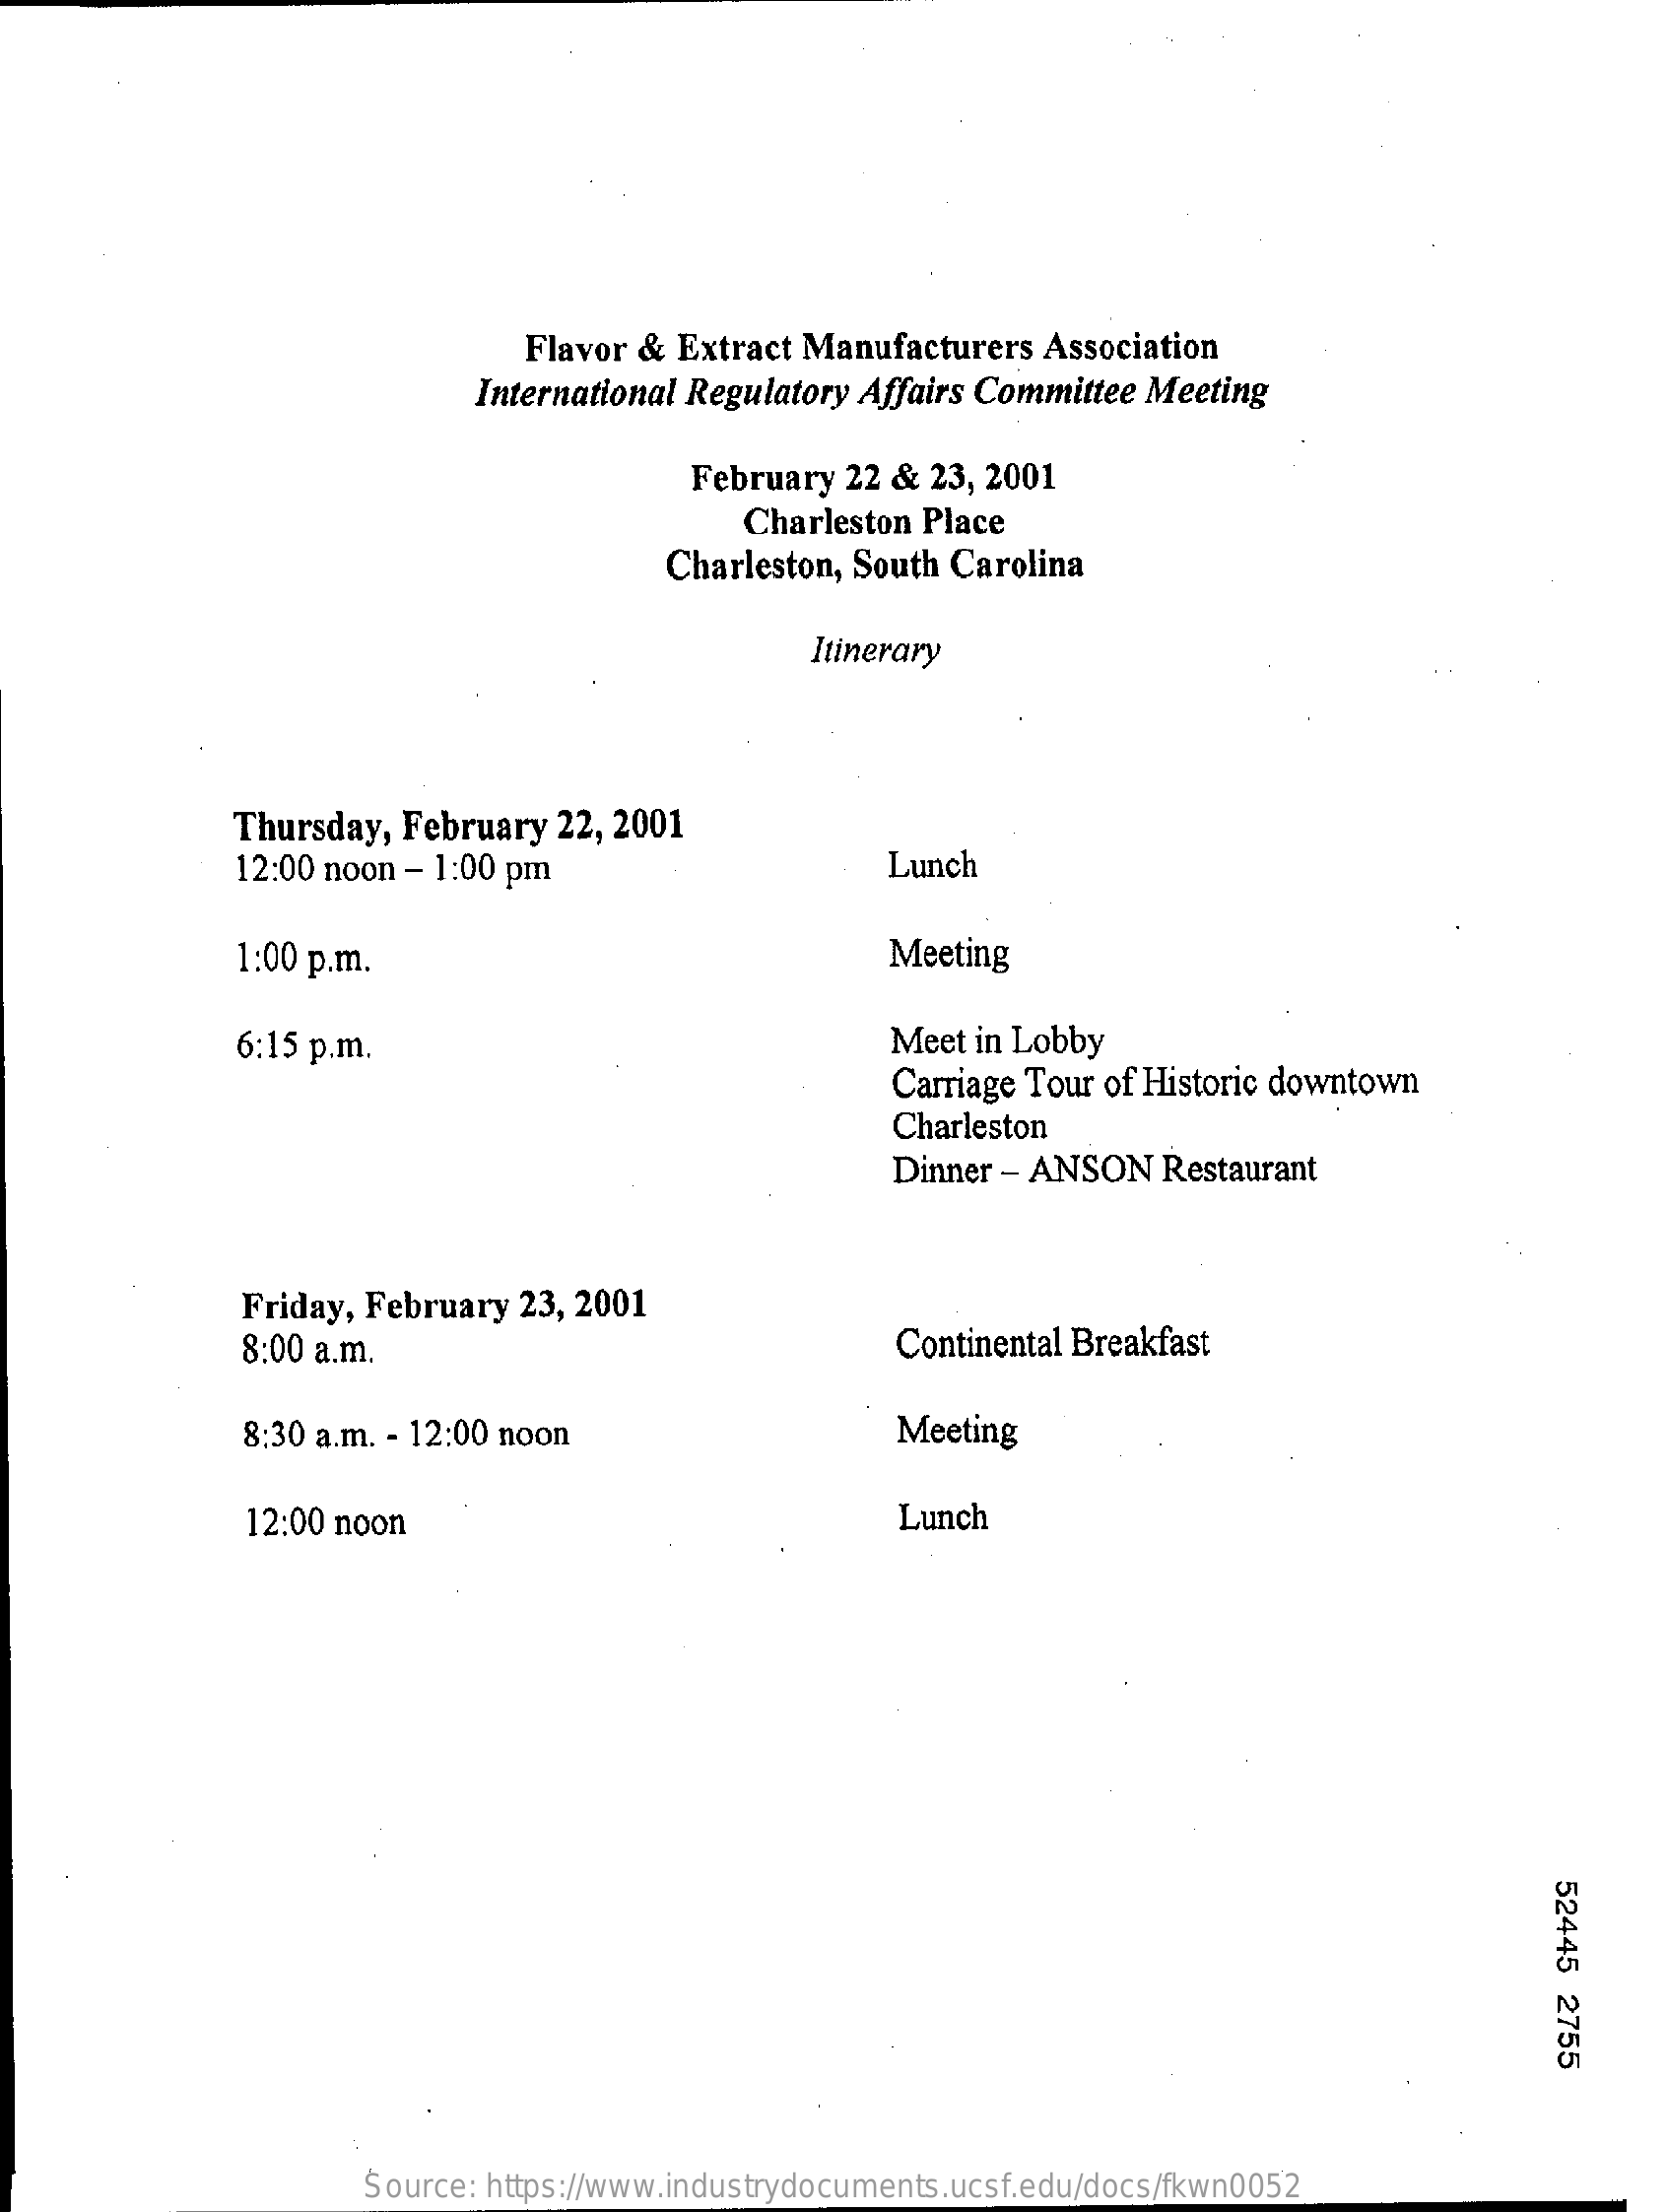
Flavor &  Extract Manufacturers  Association
     International Regulatory Affairs Committee Meeting
     February 22 &  23, 2001
     Charleston Place
     Charleston, South Carolina
     Itinerary
     Thursday, February  22, 2001
     12:00 noon - 1:00 pm    Lunch
     1:00 p.m.    Meeting
     6:15 p.m.    Meet in Lobby
     Carriage Tour of Historic downtown
     Charleston
     Dinner - ANSON  Restaurant
     Friday, February  23, 2001
     8:00 a.m.    Continental Breakfast
     8:30 a.m. - 12:00 noon    Meeting
     12:00 noon    Lunch
     52445
     2755
     Source: https://www.industrydocuments.ucsf.edu/docs/fkwn0052